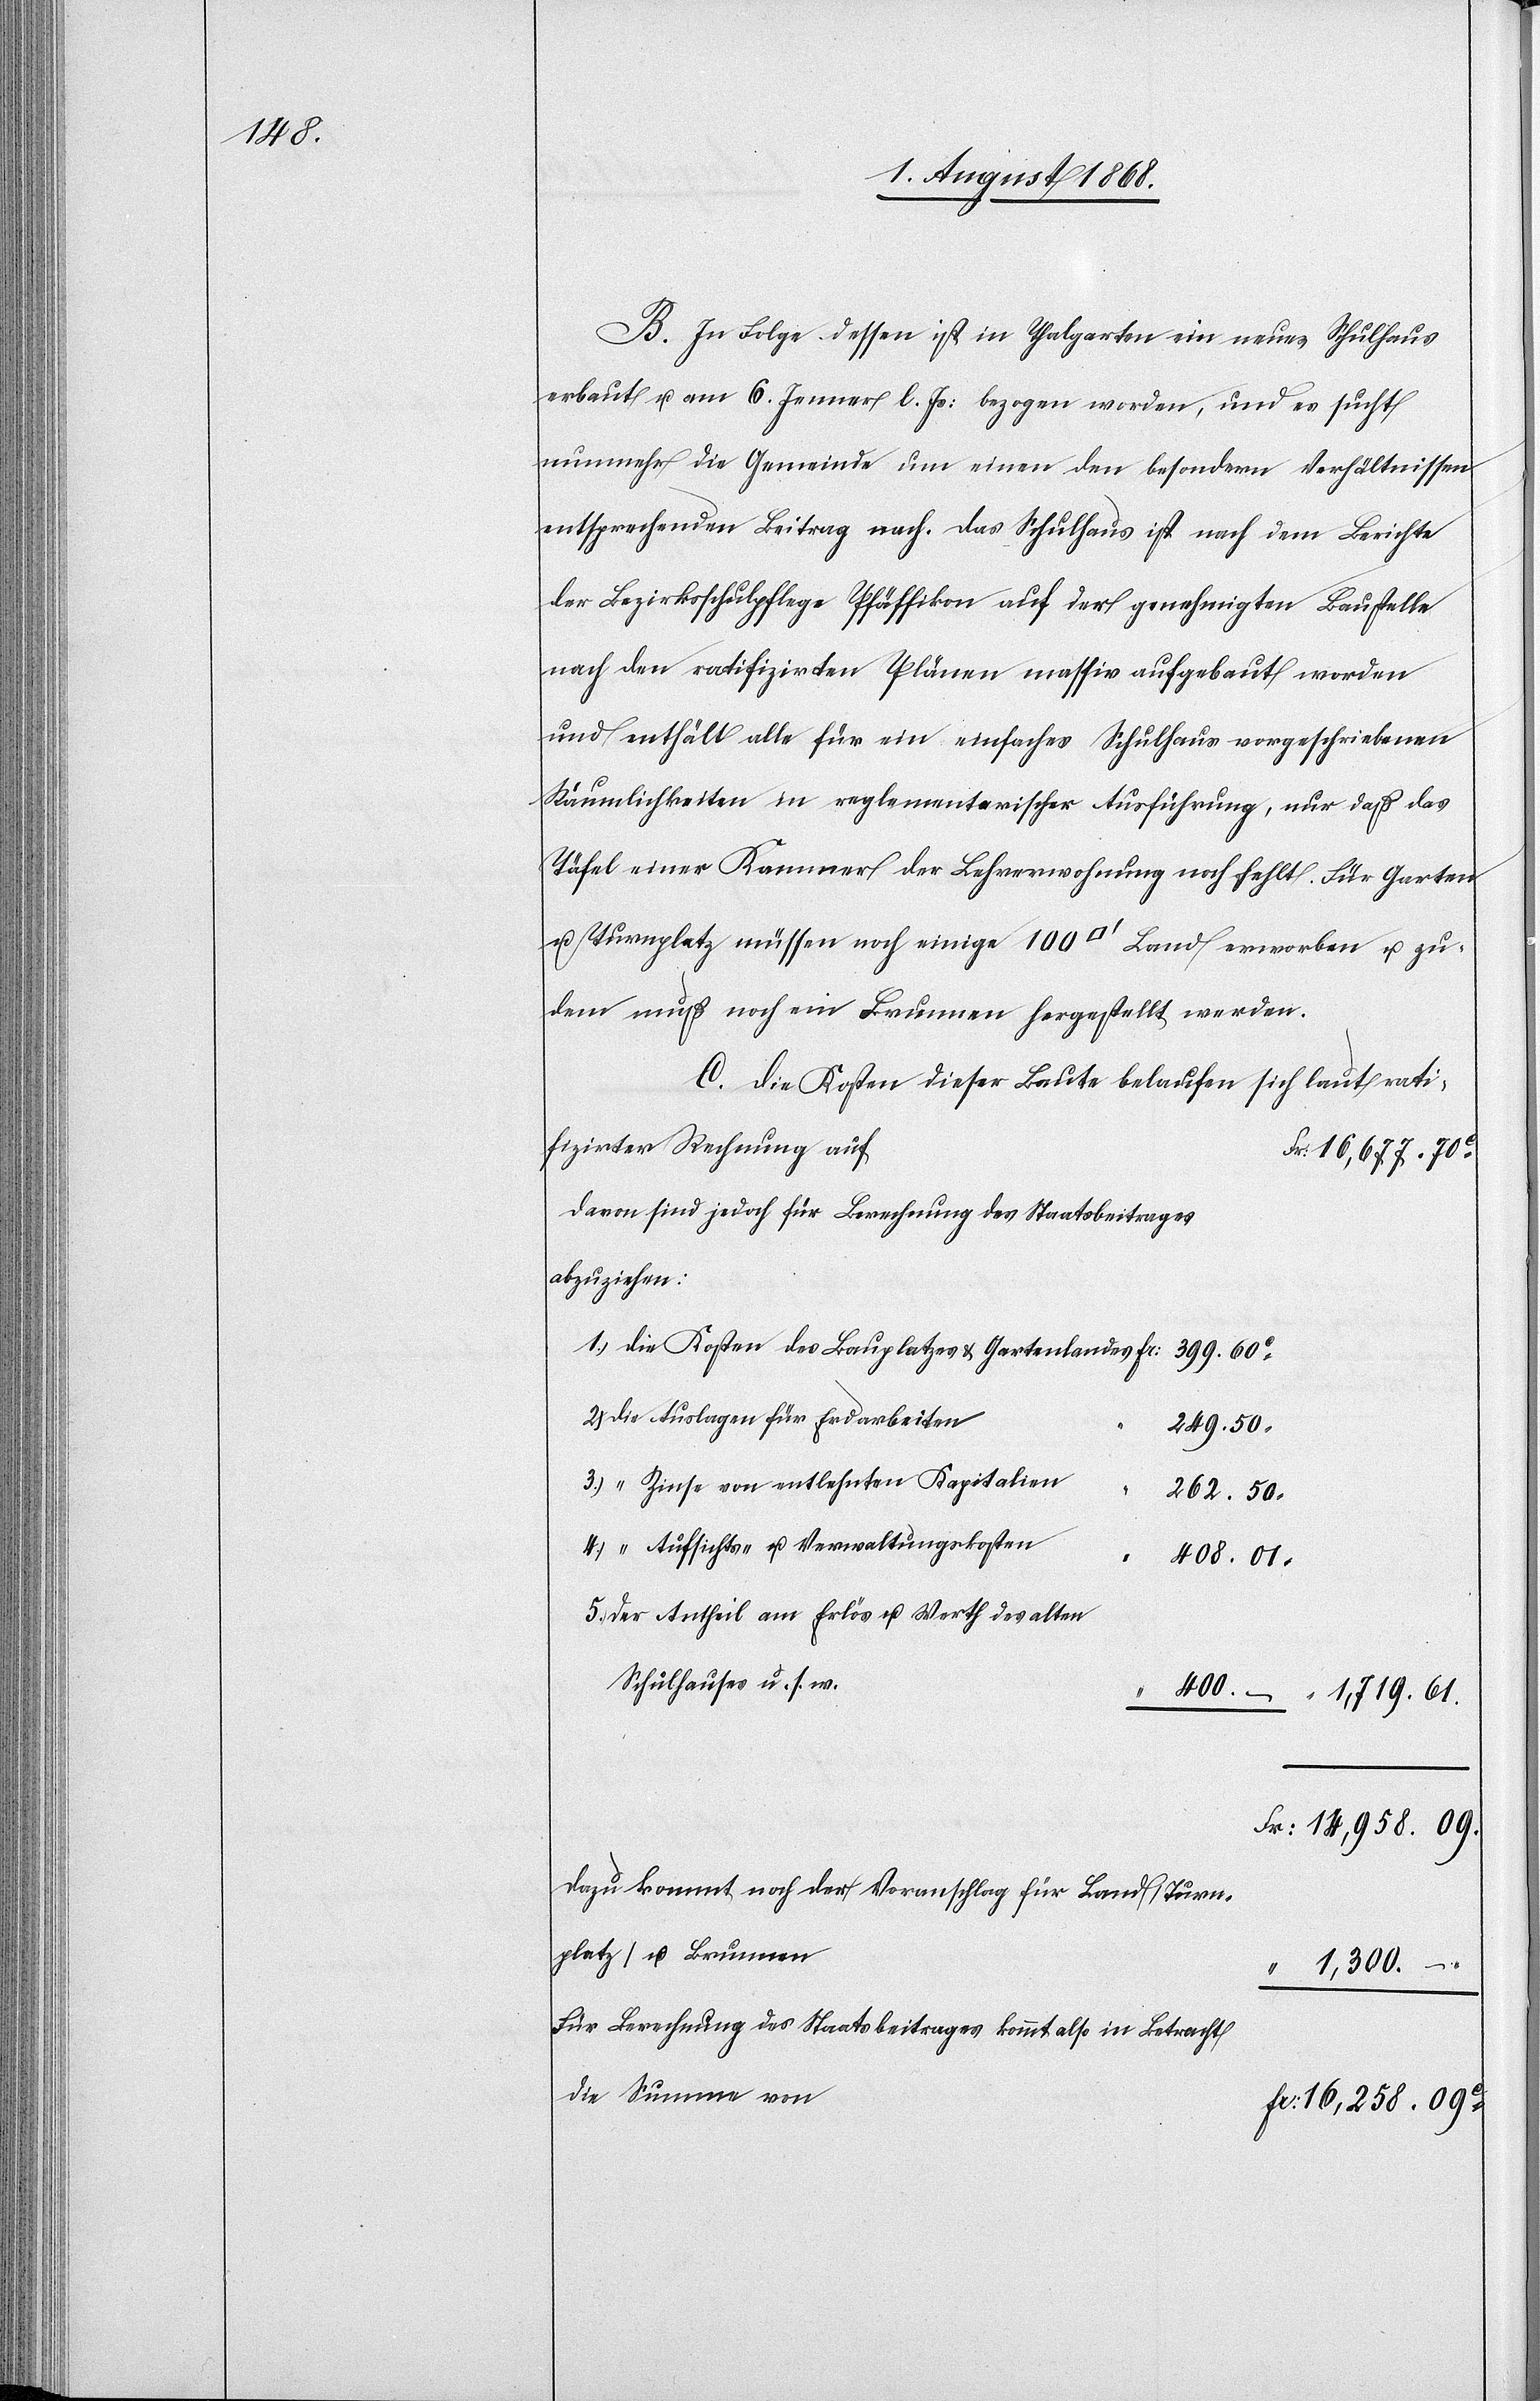
400.

B. In Folge dessen ist in Thalgarten ein neues Schulhaus
erbaut u. am 6. Jenner l. Js: bezogen worden, und es sucht
nunmehr die Gemeinde um einen den besondern Verhältnissen
entsprechenden Beitrag nach. Das Schulhaus ist nach dem Berichte
der Bezirksschulpflege Pfäffikon auf der genehmigten Baustelle
nach den ratifizirten Plänen massiv aufgebaut worden
und enthält alle für ein einfaches Schulhaus vorgeschriebenen
Räumlichkeiten in reglementarischer Ausführung, nur daß das
Täfel einer Kammer der Lehrerwohnung noch fehlt. Für Garten
u. Turnplatz müssen noch einige 100 [Quadratfuß] Land erworben u. zu¬
dem muß noch ein Brunnen hergestellt werden.
C. Die Kosten dieser Baute belaufen sich laut rati¬
fizirter Rechnung auf
Fr. 16,677. 70c
Davon sind jedoch für Berechnung des Staatsbeitrages
abzuziehen:
Die Kosten des Bauplatzes & Gartenlandes
399. 60c
Die Auslagen für Erdarbeiten
249. 50
“ Zinse von entlehnten Kapitalien
262. 50
“ Aufsichts- u. Verwaltungskosten
408. 01.
Der Antheil am Erlös u. Werth des alten
Schulhauses u. s. w.
–
“ 1,719. 61.
Fr: 14,958. 09.
Dazu kommt noch der Voranschlag für Land [Turn¬
platz] u. Brunnen
“ 1,300. –
Für Berechnung des Staatsbeitrages kommt also in Betracht
die Summe von
Fr: 16,258. 09c